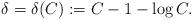
LaTeX: \begin{align*}\delta = \delta(C) := C- 1 - \log{C}.\end{align*}